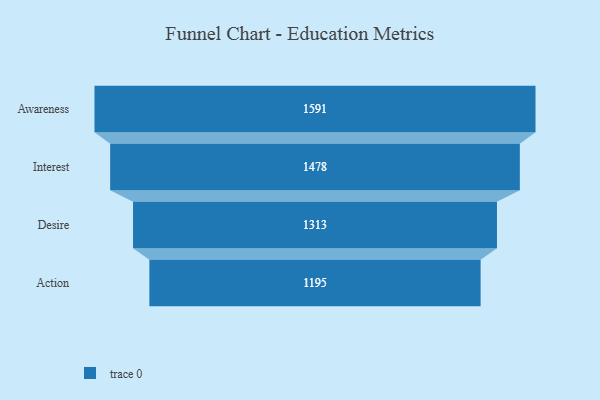
{"axis": {"x": "Stage", "y": "Value"}, "legend": [""], "data": [{"x": "Awareness", "y": 1591.0, "type": ""}, {"x": "Interest", "y": 1478.0, "type": ""}, {"x": "Desire", "y": 1313.0, "type": ""}, {"x": "Action", "y": 1195.0, "type": ""}]}